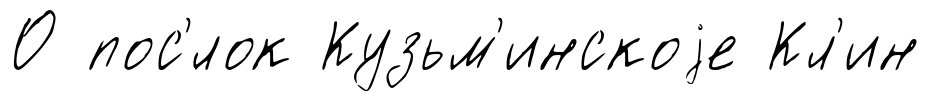
О пос'́лок Кузьм'инскоjе Кл'ин